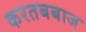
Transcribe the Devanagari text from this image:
करतबबाज